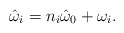
\begin{align*}\hat{\omega}_{i}=n_{i}\hat{\omega}_{0}+\omega_{i}.\end{align*}